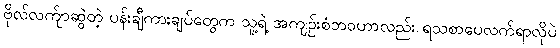
ဗိုလ်လက်ျာဆွဲတဲ့ ပန်းချီကားချပ်တွေက သူ့ရဲ့ အကျဉ်းစံဘဝဟာလည်း ရသစာပေလက်ရာလိုပဲ